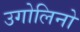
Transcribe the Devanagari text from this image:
उगोलिनो